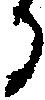
る